Indian journal of veterinary science and animal husbandry - Volumes 18-21, 1948-1951
Year: 1948
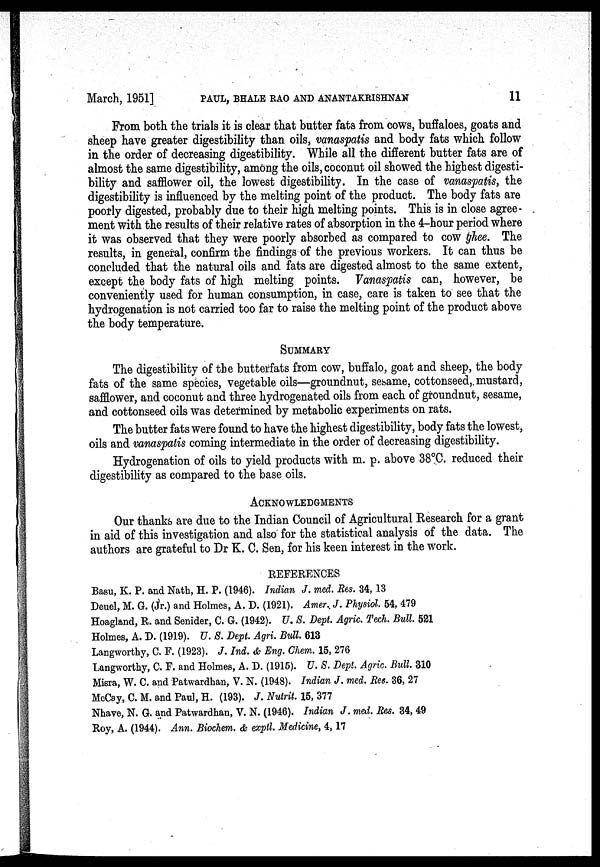
March, 1951] PAUL, BHALE RAO AND ANANTAKRISHNAN 11
From both the trials it is clear that butter fats from cows, buffaloes, goats and
sheep have greater digestibility than oils, vanaspatis and body fats which follow
in the order of decreasing digestibility. While all the different butter fats are of
almost the same digestibility, among the oils, coconut oil showed the highest digesti-
bility and safflower oil, the lowest digestibility. In the case of vanaspatis, the
digestibility is influenced by the melting point of the product. The body fats are
poorly digested, probably due to their high melting points. This is in close agree-
ment with the results of their relative rates of absorption in the 4-hour period where
it was observed that they were poorly absorbed as compared to cow ghee. The
results, in general, confirm the findings of the previous workers. It can thus be
concluded that the natural oils and fats are digested almost to the same extent,
except the body fats of high melting points. Vanaspatis can, however, be
conveniently used for human consumption, in case, care is taken to see that the
hydrogenation is not carried too far to raise the melting point of the product above
the body temperature.
SUMMARY
The digestibility of the butterfats from cow, buffalo, goat and sheep, the body
fats of the same species, vegetable oils—groundnut, sesame, cottonseed, mustard,
safflower, and coconut and three hydrogenated oils from each of groundnut, sesame,
and cottonseed oils was determined by metabolic experiments on rats.
The butter fats were found to have the highest digestibility, body fats the lowest,
oils and vanaspatis coming intermediate in the order of decreasing digestibility.
Hydrogenation of oils to yield products with m. p. above 38°C. reduced their
digestibility as compared to the base oils.
ACKNOWLEDGMENTS
Our thanks are due to the Indian Council of Agricultural Research for a grant
in aid of this investigation and also for the statistical analysis of the data. The
authors are grateful to Dr K. C. Sen, for his keen interest in the work.
REFERENCES
Basu, K. P. and Nath, H. P. (1946). Indian J. med. Res. 34, 13
Deuel, M. G. (Jr.) and Holmes, A. D. (1921). Amer. J. Physiol. 54, 479
Hoagland, R. and Senider, C. G. (1942). U. S. Dept. Agric. Tech. Bull. 521
Holmes, A. D. (1919). U. S. Dept. Agri. Bull. 613
Langworthy, C. F. (1923). J. Ind. & Eng. Chem. 15, 276
Langworthy, C. F. and Holmes, A. D. (1915). U. S. Dept. Agric. Bull. 310
Misra, W. C. and Patwardhan, V. N. (1948). Indian J. med. Res. 36, 27
McCay, C. M. and Paul, H. (193). J. Nutrit. 15, 377
Nhave, N. G. and Patwardhan, V. N. (1946). Indian J. med. Res. 34, 49
Roy, A. (1944). Ann. Biochem. & exptl. Medicine, 4, 17